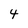
Character: 4